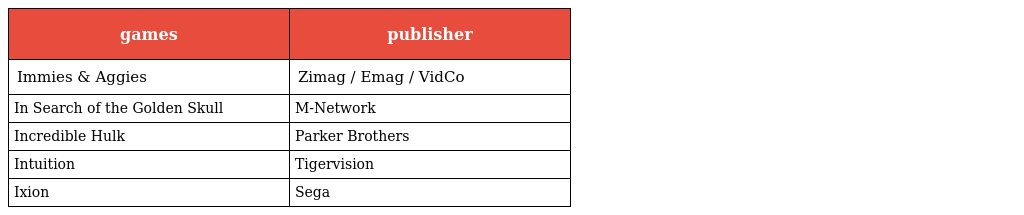
| games | publisher |
 | --- | --- |
 | Immies & Aggies | Zimag / Emag / VidCo |
 | In Search of the Golden Skull | M-Network |
 | Incredible Hulk | Parker Brothers |
 | Intuition | Tigervision |
 | Ixion | Sega |